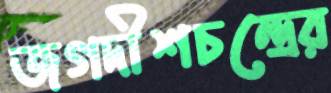
জগদীশচন্দ্রের